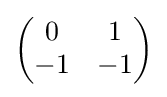
{\begin{pmatrix}0&1\\-1&-1\end{pmatrix}}